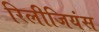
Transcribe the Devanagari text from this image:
रिलीजियंस